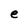
Character: e